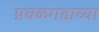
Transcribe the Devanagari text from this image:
प्रबळगडाच्या